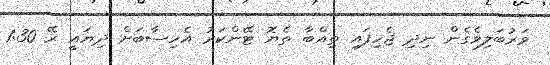
ވަރުބަލިވެގެން ނިދި ޖެހިފައި ތިއްބާ ތެޔޮ ޓޭންކަރު އެހިސާބަށް ދިޔައީ ރޭ 1:30